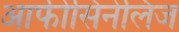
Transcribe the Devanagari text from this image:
आफीसिनेलिज